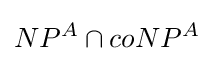
NP^{A}\cap coNP^{A}